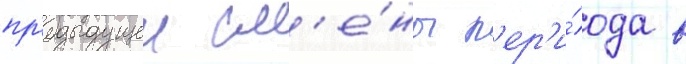
пр'едыдущеи см'е́ны п'ер'и́ода в